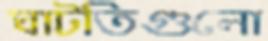
ঘাটতিগুলো